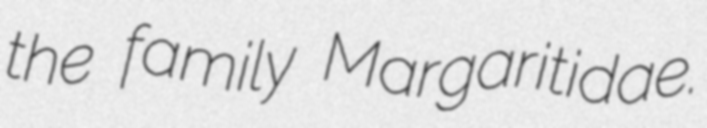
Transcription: the family Margaritidae.